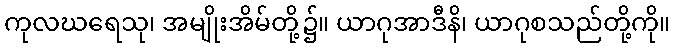
ကုလဃရေသု၊ အမျိုးအိမ်တို့၌။ ယာဂုအာဒီနိ၊ ယာဂုစသည်တို့ကို။